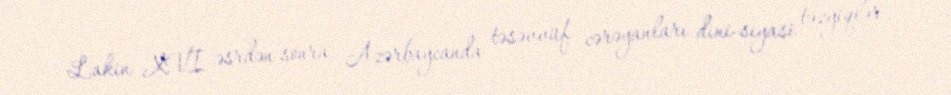
Lakin XVI əsrdən sonra Azərbaycanda təsəvvüf cərəyanları dini-siyasi təzyiqlər